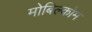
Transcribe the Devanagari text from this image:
मोबिल्कोम